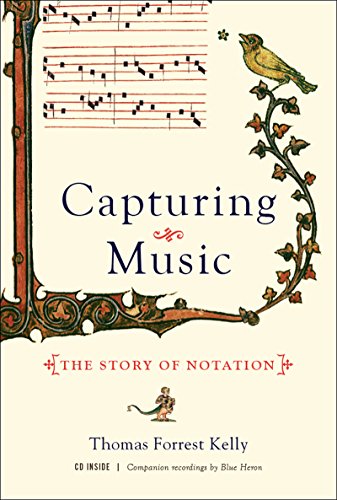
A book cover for Capturing Music: The Story of Notation; Thomas Forrest Kelly; Arts & Photography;